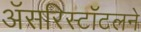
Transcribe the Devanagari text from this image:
अॅसरिस्टॉटलने